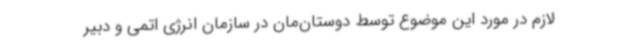
لازم در مورد این موضوع توسط دوستان‌مان در سازمان انرژی اتمی و دبیر